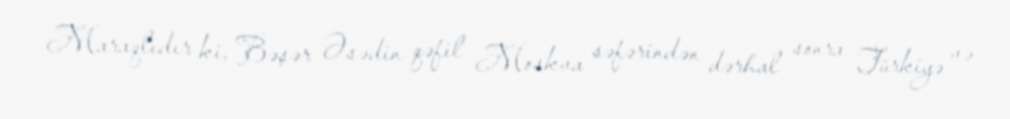
Maraqlıdır ki, Bəşər Əsədin qəfil Moskva səfərindən dərhal sonra Türkiyə və